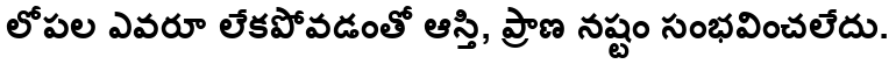
లోపల ఎవరూ లేకపోవడంతో ఆస్తి, ప్రాణ నష్టం సంభవించలేదు.